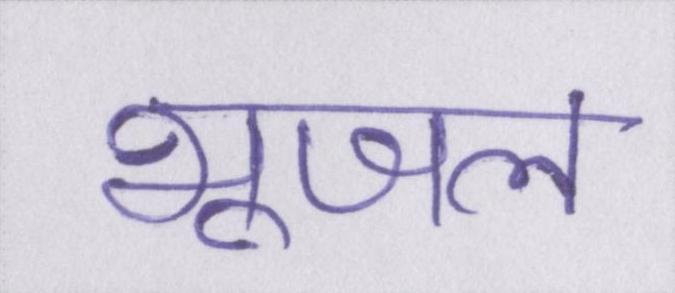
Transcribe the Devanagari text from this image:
भूजल